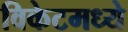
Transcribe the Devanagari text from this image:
विकेटमध्ये